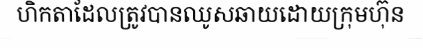
ហិកតាដែលត្រូវបានឈូសឆាយដោយក្រុមហ៊ុន